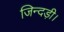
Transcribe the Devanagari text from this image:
जिन्दड़ी।